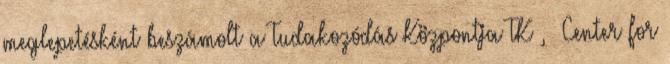
meglepetésként beszámolt a Tudakozódás Központja TK , Center for